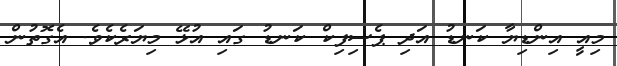
މިއީ އިންޑިޔާ ކަނޑު އަދި ޕެސިފިކް ކަނޑު ގައި އުޅޭ މިޔަރެކެވެ. އެގޮތުން